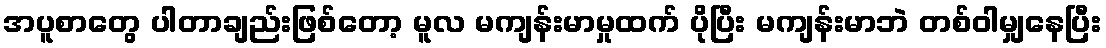
အပူစာတွေ ပါတာချည်းဖြစ်တော့ မူလ မကျန်းမာမှုထက် ပိုပြီး မကျန်းမာဘဲ တစ်ဝါမျှနေပြီး